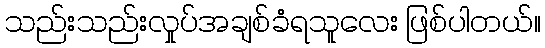
သည်းသည်းလှုပ်အချစ်ခံရသူလေး ဖြစ်ပါတယ်။